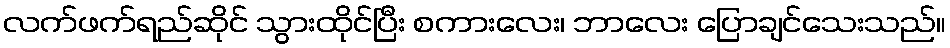
လက်ဖက်ရည်ဆိုင် သွားထိုင်ပြီး စကားလေး၊ ဘာလေး ပြောချင်သေးသည်။